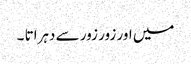
میں اور زور زور سے دہراتا ۔